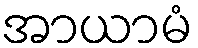
အာယာမံ